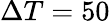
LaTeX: \Delta T=50